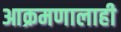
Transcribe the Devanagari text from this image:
आक्रमणालाही